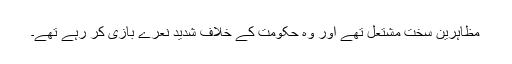
مظاہرین سخت مشتعل تھے اور وہ حکومت کے خلاف شدید نعرے بازی کر رہے تھے۔